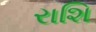
રાશિ